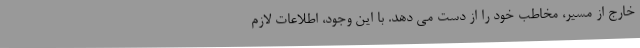
خارج از مسیر، مخاطب خود را از دست می دهد. با این وجود، اطلاعات لازم